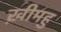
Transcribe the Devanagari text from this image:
ख़ीमहु